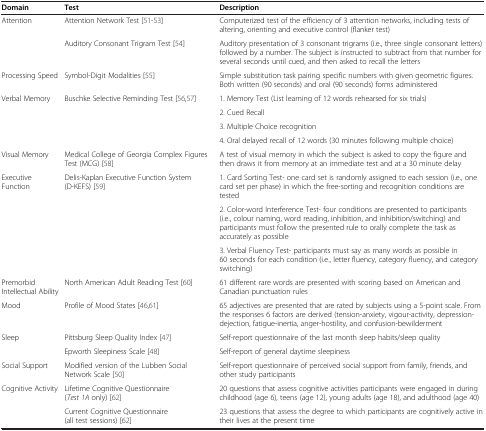
<table><thead><tr><td><b>Domain</b></td><td><b>Test</b></td><td><b>Description</b></td></tr></thead><tbody><tr><td rowspan="2">Attention</td><td>Attention Network Test [51-53]</td><td>Computerized test of the efficiency of 3 attention networks, including tests of altering, orienting and executive control (flanker test)</td></tr><tr><td>Auditory Consonant Trigram Test [54]</td><td>Auditory presentation of 3 consonant trigrams (i.e., three single consonant letters) followed by a number. The subject is instructed to subtract from that number for several seconds until cued, and then asked to recall the letters</td></tr><tr><td>Processing Speed</td><td>Symbol-Digit Modalities [55]</td><td>Simple substitution task pairing specific numbers with given geometric figures. Both written (90 seconds) and oral (90 seconds) forms administered</td></tr><tr><td rowspan="4">Verbal Memory</td><td rowspan="4">Buschke Selective Reminding Test [56,57]</td><td>1. Memory Test (List learning of 12 words rehearsed for six trials)</td></tr><tr><td>2. Cued Recall</td></tr><tr><td>3. Multiple Choice recognition</td></tr><tr><td>4. Oral delayed recall of 12 words (30 minutes following multiple choice)</td></tr><tr><td>Visual Memory</td><td>Medical College of Georgia Complex Figures Test (MCG) [58]</td><td>A test of visual memory in which the subject is asked to copy the figure and then draws it from memory at an immediate test and at a 30 minute delay</td></tr><tr><td rowspan="3">Executive Function</td><td rowspan="3">Delis-Kaplan Executive Function System (D-KEFS) [59]</td><td>1. Card Sorting Test- one card set is randomly assigned to each session (i.e., one card set per phase) in which the free-sorting and recognition conditions are tested</td></tr><tr><td>2. Color-word Interference Test- four conditions are presented to participants (i.e., colour naming, word reading, inhibition, and inhibition/switching) and participants must follow the presented rule to orally complete the task as accurately as possible</td></tr><tr><td>3. Verbal Fluency Test- participants must say as many words as possible in 60 seconds for each condition (i.e., letter fluency, category fluency, and category switching)</td></tr><tr><td>Premorbid Intellectual Ability</td><td>North American Adult Reading Test [60]</td><td>61 different rare words are presented with scoring based on American and Canadian punctuation rules</td></tr><tr><td>Mood</td><td>Profile of Mood States [46,61]</td><td>65 adjectives are presented that are rated by subjects using a 5-point scale. From the responses 6 factors are derived (tension-anxiety, vigour-activity, depression-dejection, fatigue-inertia, anger-hostility, and confusion-bewilderment</td></tr><tr><td rowspan="2">Sleep</td><td>Pittsburg Sleep Quality Index [47]</td><td>Self-report questionnaire of the last month sleep habits/sleep quality</td></tr><tr><td>Epworth Sleepiness Scale [48]</td><td>Self-report of general daytime sleepiness</td></tr><tr><td>Social Support</td><td>Modified version of the Lubben Social Network Scale [50]</td><td>Self-report questionnaire of perceived social support from family, friends, and other study participants</td></tr><tr><td>Cognitive Activity</td><td>Lifetime Cognitive Questionnaire (<i>Test 1A</i> only) [62]</td><td>20 questions that assess cognitive activities participants were engaged in during childhood (age 6), teens (age 12), young adults (age 18), and adulthood (age 40)</td></tr><tr><td> </td><td>Current Cognitive Questionnaire (all test sessions) [62]</td><td>23 questions that assess the degree to which participants are cognitively active in their lives at the present time</td></tr></tbody></table>